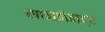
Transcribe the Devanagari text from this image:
साम्नेन्द्र